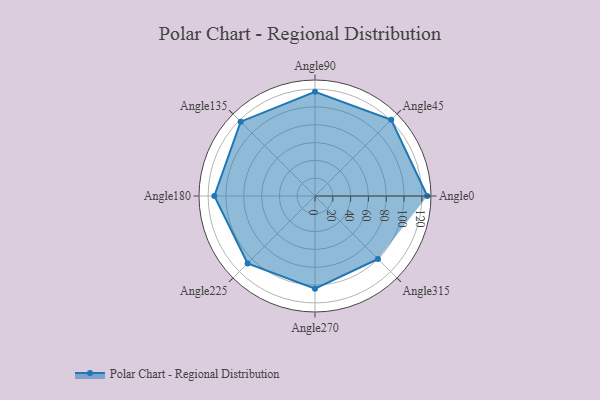
{"axis": {"x": "Angle", "y": "Radius"}, "legend": [""], "data": [{"x": "Angle0", "y": 126.0, "type": ""}, {"x": "Angle45", "y": 121.0, "type": ""}, {"x": "Angle90", "y": 117.0, "type": ""}, {"x": "Angle135", "y": 118.0, "type": ""}, {"x": "Angle180", "y": 113.0, "type": ""}, {"x": "Angle225", "y": 107.0, "type": ""}, {"x": "Angle270", "y": 104.0, "type": ""}, {"x": "Angle315", "y": 100.0, "type": ""}]}